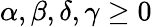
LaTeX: \alpha,\beta,\delta,\gamma\ge 0